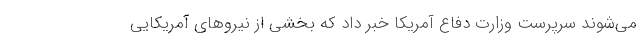
می‌شوند سرپرست وزارت دفاع آمریکا خبر داد که بخشی از نیروهای آمریکایی